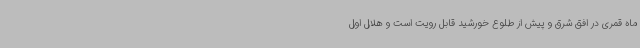
ماه قمری در افق شرق و پیش از طلوع خورشید قابل رویت است و هلال اول